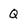
Character: Q